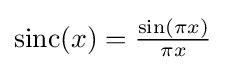
{\textstyle \operatorname {sinc} (x)={\frac {\sin(\pi x)}{\pi x}}}